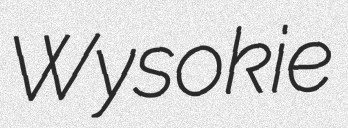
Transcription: Wysokie